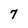
Character: 7